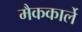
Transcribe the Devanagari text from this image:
मैककार्ले